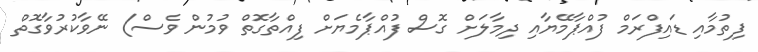
ފިތުމާއި ޑައިފްރަމް ފުއްޕާމޭޔާއި ދިމާލަށް ގޮސް ފުއްޕާމެޔަށް ފިއްތާގޮތް ވުމުން ވެސް) ނޭވާކުރުވާގޮތް